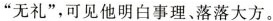
”无礼”，可见他明白事理、落落大方。